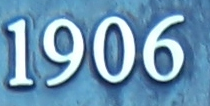
1906